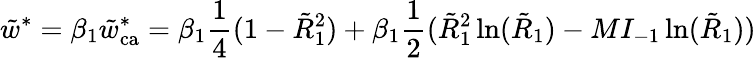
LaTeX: \tilde{w}^{*}=\beta_{1}\tilde{w}_{\mathrm{ca}}^{*}=\beta_{1}\frac{1}{4}(1-\tilde{R}_{1}^{2})+\beta_{1}\frac{1}{2}(\tilde{R}_{1}^{2}\ln(\tilde{R}_{1})-MI_{-1}\ln(\tilde{R}_{1}))